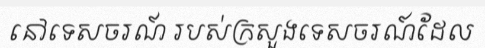
នៅទេសចរណ៍ របស់ក្រសួងទេសចរណ៍ដែល